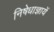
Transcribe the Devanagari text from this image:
निषेधाज्ञायें